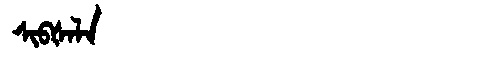
Manchu: ᠰᡳᠪᡧᠠᠯᠠ
Romanization: SIBŠALA